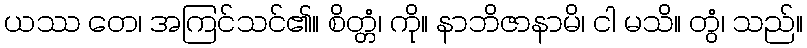
ယဿ တေ၊ အကြင်သင်၏။ စိတ္တံ၊ ကို။ နာဘိဇာနာမိ၊ ငါ မသိ။ တွံ၊ သည်။